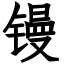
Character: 镘